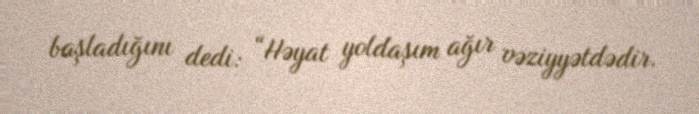
başladığını dedi: “Həyat yoldaşım ağır vəziyyətdədir.